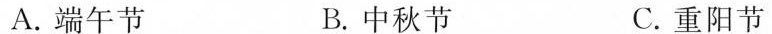
A.端午节 B.中秋节 C.重阳节